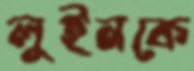
লুইনকে